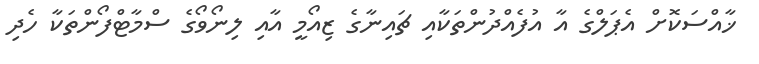
ޚާއްސަކޮށް އެޕަލްގެ އާ އުފެއްދުންތަކާއި ޗައިނާގެ ޒިއޯމީ އާއި ލިނޯވޯގެ ސްމާޓްފޯންތަކާ ހެދި